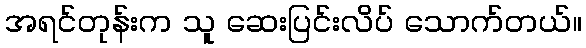
အရင်တုန်းက သူ ဆေးပြင်းလိပ် သောက်တယ်။